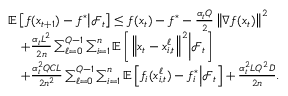
\begin{array} { r l } & { \mathbb { E } \left[ f ( x _ { t + 1 } ) - f ^ { * } \middle | \mathcal { F } _ { t } \right] \leq f ( x _ { t } ) - f ^ { * } - \frac { \alpha _ { t } Q } { 2 } \left\Vert \nabla f ( x _ { t } ) \right\Vert ^ { 2 } } \\ & { \quad + \frac { \alpha _ { t } L ^ { 2 } } { 2 n } \sum _ { \ell = 0 } ^ { Q - 1 } \sum _ { i = 1 } ^ { n } \mathbb { E } \left[ \left\Vert x _ { t } - x _ { i , t } ^ { \ell } \right\Vert ^ { 2 } \middle | \mathcal { F } _ { t } \right] } \\ & { \quad + \frac { \alpha _ { t } ^ { 2 } Q C L } { 2 n ^ { 2 } } \sum _ { \ell = 0 } ^ { Q - 1 } \sum _ { i = 1 } ^ { n } \mathbb { E } \left[ f _ { i } ( x _ { i , t } ^ { \ell } ) - f _ { i } ^ { * } \middle | \mathcal { F } _ { t } \right] + \frac { \alpha _ { t } ^ { 2 } L Q ^ { 2 } D } { 2 n } . } \end{array}